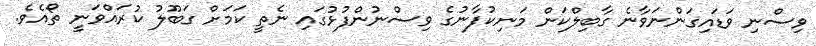
ވިސްނި ވަޑައިގަންނަވާނެ ގާބިލްކަން މަނިކުފާނުގެ ވިސްނުންފުޅުގައި ނެތީ ކަމަށް ގަބޫލު ކުރައްވަނީ ތޯއެވެ.